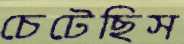
চেটেছিস